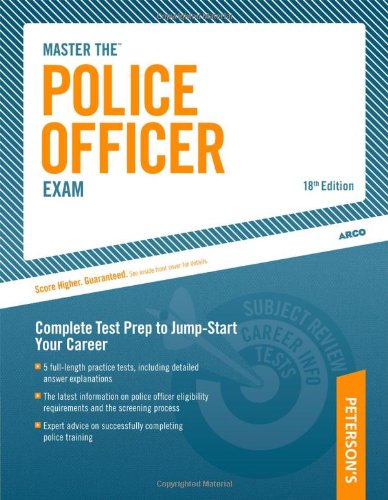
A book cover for Master The Police Officer Exam: Complete Test Prep to Jump-Start Your Career; Peterson's; Test Preparation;